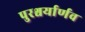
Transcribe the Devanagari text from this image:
पुरश्चर्यार्णव